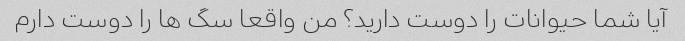
آیا شما حیوانات را دوست دارید؟ من واقعا سگ ها را دوست دارم